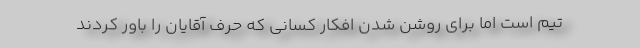
تیم است اما برای روشن شدن افکار کسانی که حرف آقایان را باور کردند